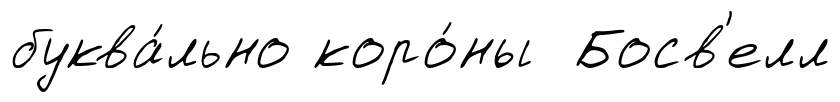
буква́льно коро́ны Босв'елл